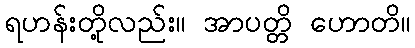
ရဟန်းတို့လည်း။ အာပတ္တိ ဟောတိ။